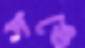
সঙে